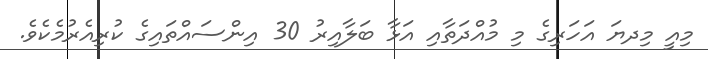
މިއީ މިދޔަ އަހަރިގެ މި މުއްދަތާއި އަޅާ ބަލާއިރު 30 އިންސައްތައިގެ ކުރިއެރުމެކެވެ.